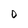
Character: D